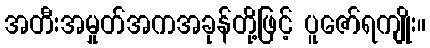
အတီးအမှုတ်အကအခုန်တို့ဖြင့် ပူဇော်ရကျိုး။